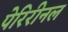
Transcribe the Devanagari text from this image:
पेरिरीनल